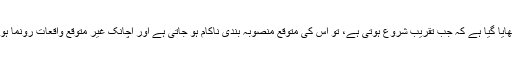
اس فلم میں دِکھایا گیا ہے کہ جب تقریب شروع ہوتی ہے، تو اس کی متوقّع منصوبہ بندی ناکام ہو جاتی ہے اور اچانک غیر متوقّع واقعات رُونما ہونے لگتے ہیں۔